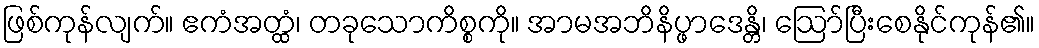
ဖြစ်ကုန်လျက်။ ဧကံအတ္ထံ၊ တခုသောကိစ္စကို။ အာမအဘိနိပ္ဖာဒေန္တိ၊ ဩော်ပြီးစေနိုင်ကုန်၏။